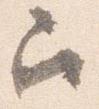
召